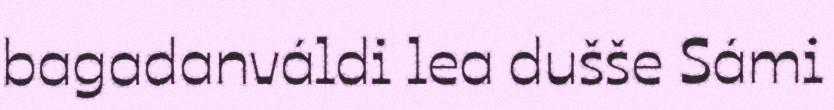
bagadanváldi lea dušše Sámi